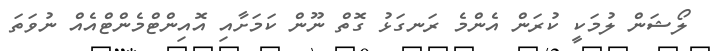
ލޯޝަން ލުމަކީ ކުރަން އެންމެ ރަނގަޅު ގޮތް ނޫން ކަމަށާއި އޮއިންޓްމެންޓްއެއް ނުވަތަ